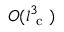
O ( l _ { \mathrm { ~ c ~ } } ^ { 3 } )